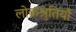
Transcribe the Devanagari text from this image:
लोकश्रुतियाँ